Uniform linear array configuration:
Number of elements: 4
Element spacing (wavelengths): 0.5
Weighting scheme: blackman
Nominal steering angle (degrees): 45
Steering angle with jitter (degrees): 43.875
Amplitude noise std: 0.05
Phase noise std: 0.05

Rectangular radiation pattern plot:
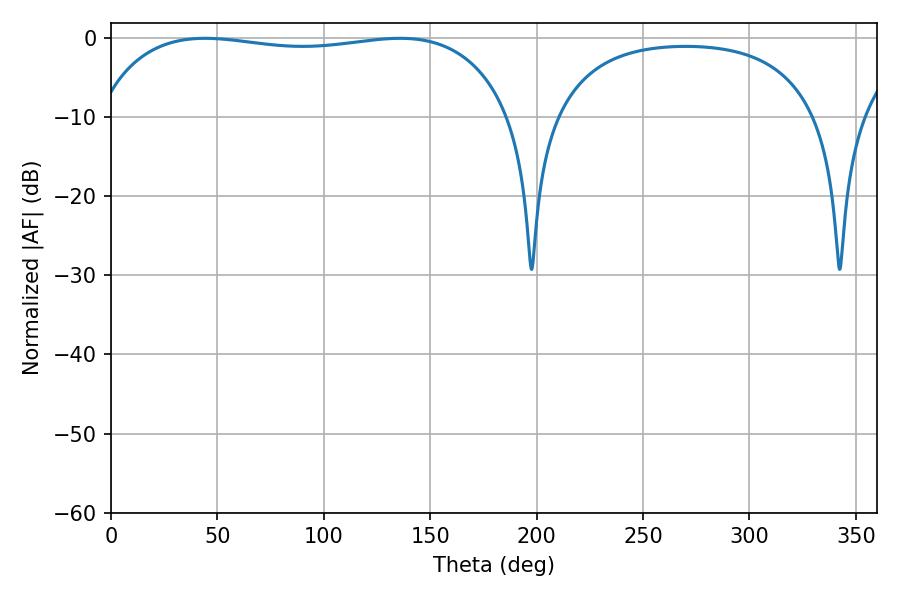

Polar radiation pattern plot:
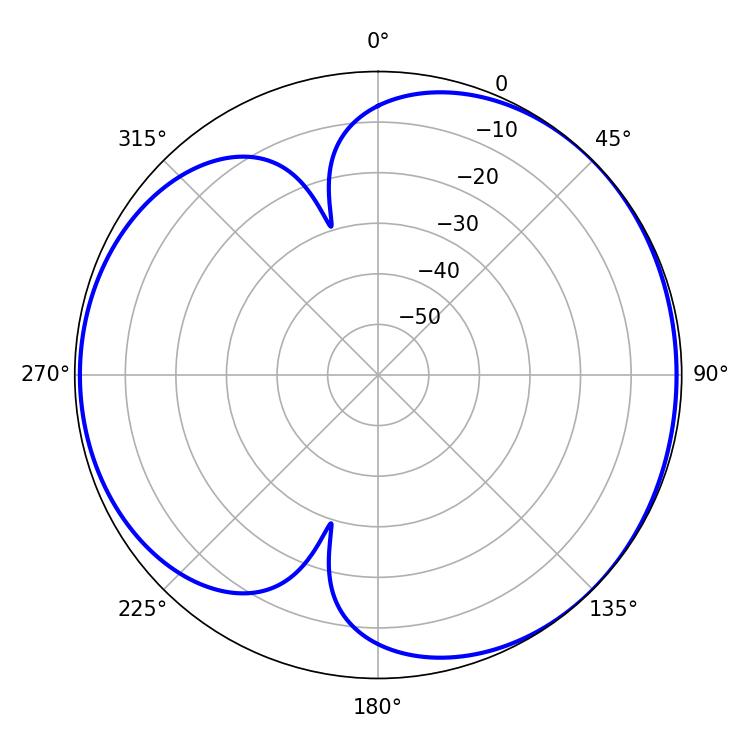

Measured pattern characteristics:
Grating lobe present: FALSE
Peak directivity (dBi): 4.395
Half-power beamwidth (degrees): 156.96
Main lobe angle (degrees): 44.28